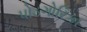
પોડગોરિકા